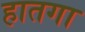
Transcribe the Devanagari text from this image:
हातगा